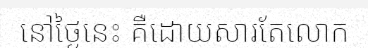
នៅថ្ងៃនេះ គឺដោយសារតែលោក